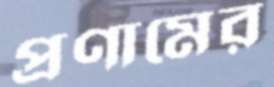
প্রণামের